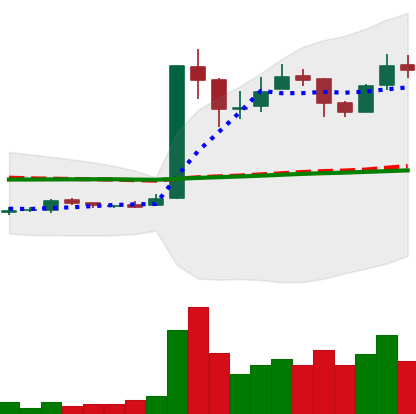
Ticker: LTC-USD
Chart end date: 2017-01-03
Forward return: -13.653%
Label: down_7plus